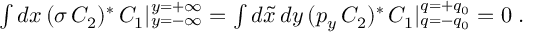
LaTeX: \textstyle { \int } \, d x \, ( \sigma \, C _ { 2 } ) ^ { \ast } \, C _ { 1 } \vert _ { y = - \infty } ^ { y = + \infty } = \textstyle { \int } \, d \tilde { x } \, d y \, ( p _ { y } \, C _ { 2 } ) ^ { \ast } \, C _ { 1 } \vert _ { q = - q _ { 0 } } ^ { q = + q _ { 0 } } = 0 \; .